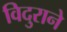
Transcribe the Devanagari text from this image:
विदुराने